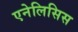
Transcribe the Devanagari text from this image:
एनेलिसिस